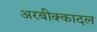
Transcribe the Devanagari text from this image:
अरबीक्कादल